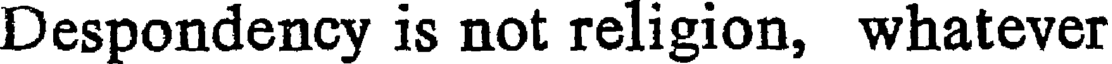
Despondency is not religion, whatever